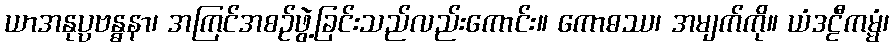
ယာအနုပ္ပဗန္ဓနာ၊ အကြင်အစဉ်ဖွဲ့ခြင်းသည်လည်းကောင်း။ ကောဓဿ၊ အမျက်ကို။ ယံဒဠီကမ္မံ၊